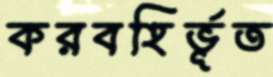
করবহির্ভূত